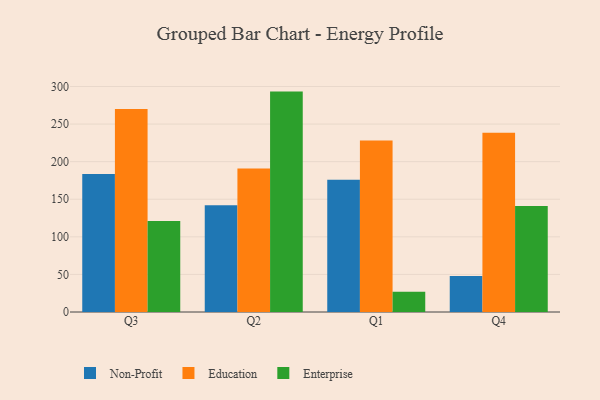
{"axis": {"x": "Quarter", "y": "Backlog"}, "legend": ["Education", "Enterprise", "Non-Profit"], "data": [{"x": "Q3", "y": 183.7, "type": "Non-Profit"}, {"x": "Q3", "y": 270.1, "type": "Education"}, {"x": "Q3", "y": 121.0, "type": "Enterprise"}, {"x": "Q2", "y": 142.1, "type": "Non-Profit"}, {"x": "Q2", "y": 190.8, "type": "Education"}, {"x": "Q2", "y": 293.2, "type": "Enterprise"}, {"x": "Q1", "y": 175.8, "type": "Non-Profit"}, {"x": "Q1", "y": 228.3, "type": "Education"}, {"x": "Q1", "y": 26.8, "type": "Enterprise"}, {"x": "Q4", "y": 48.0, "type": "Non-Profit"}, {"x": "Q4", "y": 238.3, "type": "Education"}, {"x": "Q4", "y": 141.1, "type": "Enterprise"}]}